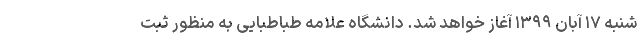
شنبه ۱۷ آبان ۱۳۹۹ آغاز خواهد شد. دانشگاه علامه طباطبایی به منظور ثبت